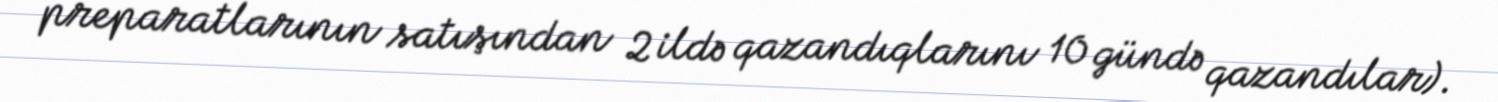
preparatlarının satışından 2 ildə qazandıqlarını 10 gündə qazandılar).